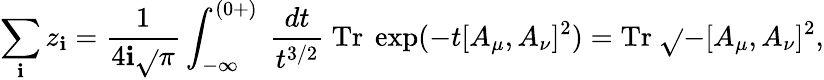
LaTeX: \sum_{\mathbf{i}}z_{\mathbf{i}}=\frac{{1}}{{4\mathbf{i}\sqrt{}{{\pi}}}}\int_{-\infty}^{(0+)}~\frac{{dt}}{{t^{3/2}}}~\mathrm{{Tr}}~\exp(-t[A_{\mu},A_{\nu}]^{2})=\mathrm{{Tr}}~\sqrt{}{{-[A_{\mu},A_{\nu}]^{2}}},